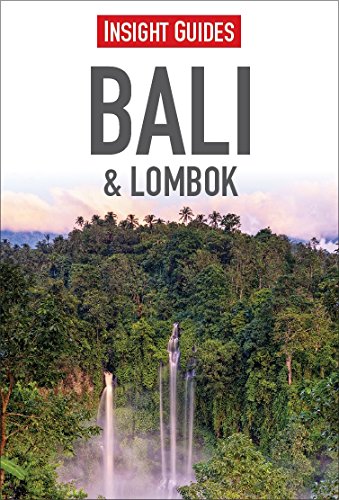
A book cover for Bali & Lombok (Regional Guides); Insight Guides; Travel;